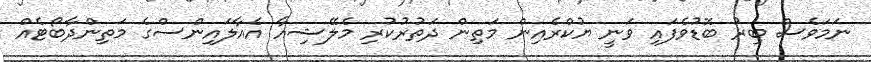
ނަމަވެސް ބިރު ބޮޑުވެފައި ވަނީ ޔުކްރެއިން މަތިން ދަތުރުކުރި މެލޭޝިއާ އެއާލައިންސްގެ މަތިންދާބޯޓެއް